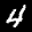
Label: 4